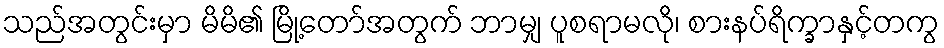
သည်အတွင်းမှာ မိမိ၏ မြို့တော်အတွက် ဘာမျှ ပူစရာမလို၊ စားနပ်ရိက္ခာနှင့်တကွ